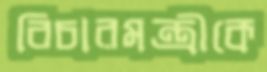
বিচারমন্ত্রীকে